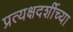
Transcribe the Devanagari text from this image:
प्रत्यक्षदर्शीच्या